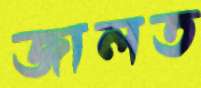
জালত